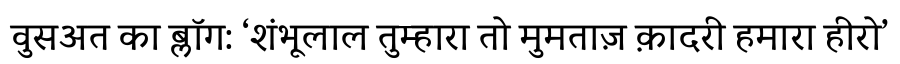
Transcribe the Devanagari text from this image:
वुसअत का ब्लॉग: ‘शंभूलाल तुम्हारा तो मुमताज़ क़ादरी हमारा हीरो’